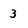
Character: 3